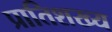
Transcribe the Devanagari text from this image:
प्रातिशख्य